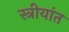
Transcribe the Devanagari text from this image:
स्त्रीयांत